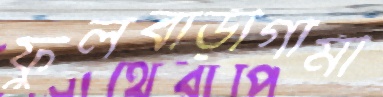
ফুলবাড়ীগামী